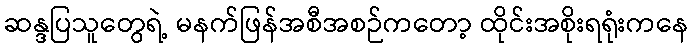
ဆန္ဒပြသူတွေရဲ့ မနက်ဖြန်အစီအစဉ်ကတော့ ထိုင်းအစိုးရရုံးကနေ